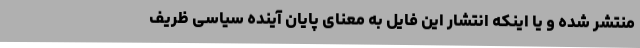
منتشر شده و یا اینکه انتشار این فایل به معنای پایان آینده سیاسی ظریف